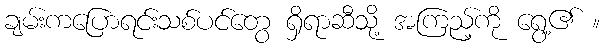
ချမ်းကပြောရင်းသစ်ပင်တွေ ရှိရာဆီသို့ အကြည့်ကို ရွေ့၏ ။